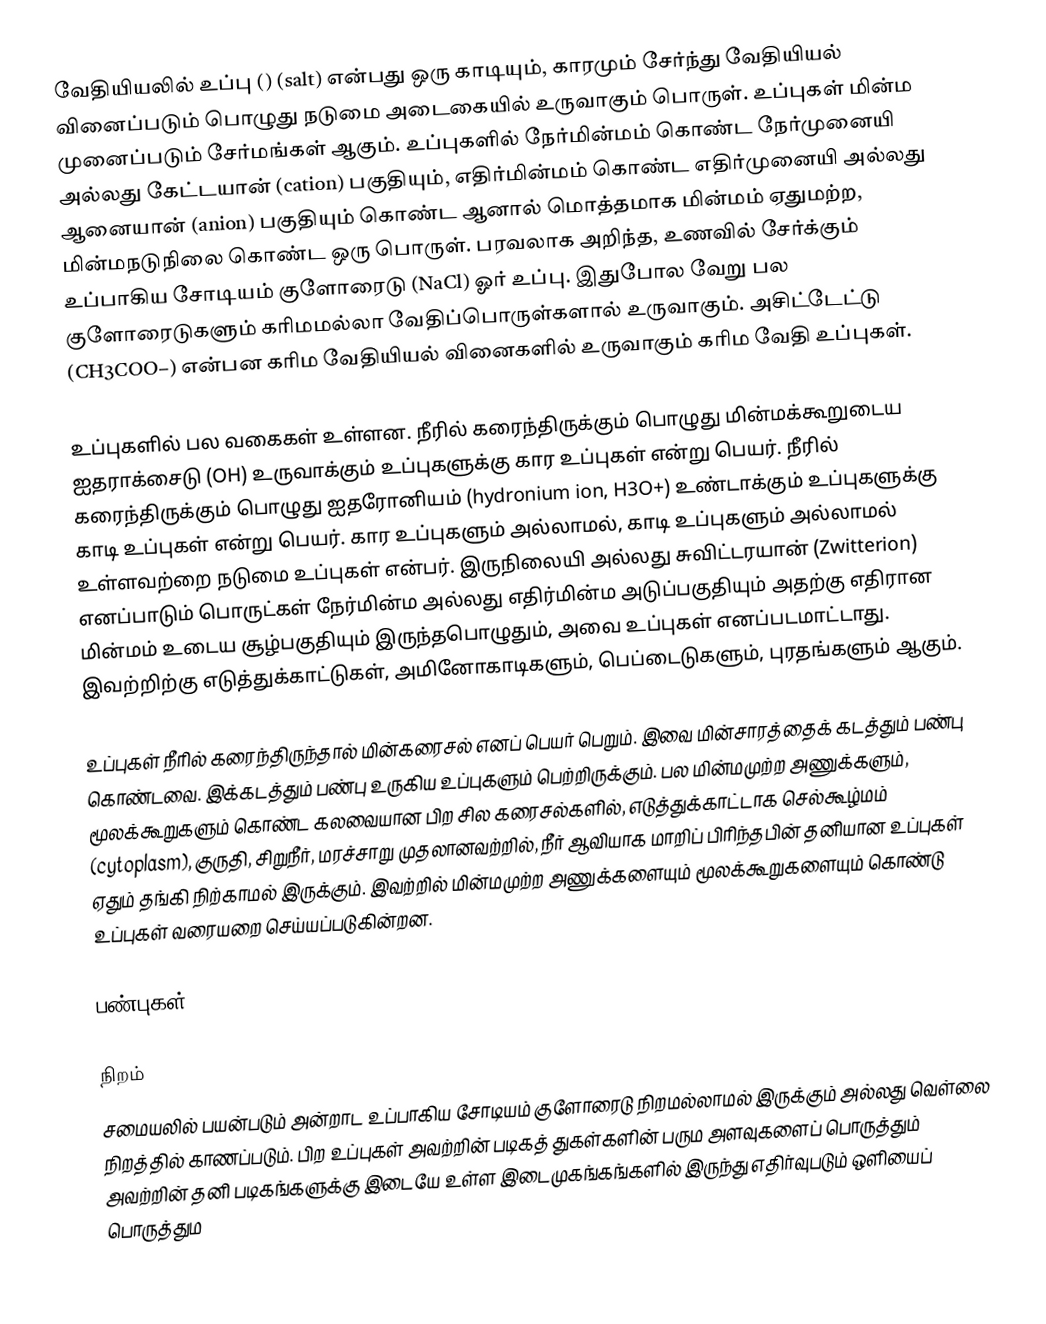
வேதியியலில் உப்பு  () (salt) என்பது ஒரு காடியும், காரமும் சேர்ந்து வேதியியல் வினைப்படும் பொழுது நடுமை அடைகையில் உருவாகும் பொருள். உப்புகள் மின்ம முனைப்படும் சேர்மங்கள் ஆகும். உப்புகளில் நேர்மின்மம் கொண்ட நேர்முனையி அல்லது கேட்டயான் (cation) பகுதியும், எதிர்மின்மம் கொண்ட எதிர்முனையி அல்லது ஆனையான் (anion) பகுதியும் கொண்ட ஆனால் மொத்தமாக மின்மம் ஏதுமற்ற, மின்மநடுநிலை கொண்ட ஒரு பொருள். பரவலாக அறிந்த, உணவில் சேர்க்கும் உப்பாகிய சோடியம் குளோரைடு (NaCl) ஓர் உப்பு. இதுபோல வேறு பல குளோரைடுகளும் கரிமமல்லா வேதிப்பொருள்களால் உருவாகும். அசிட்டேட்டு (CH3COO−) என்பன கரிம வேதியியல் வினைகளில் உருவாகும் கரிம வேதி உப்புகள்.

உப்புகளில் பல வகைகள் உள்ளன. நீரில் கரைந்திருக்கும் பொழுது மின்மக்கூறுடைய ஐதராக்சைடு (OH) உருவாக்கும் உப்புகளுக்கு கார உப்புகள் என்று பெயர். நீரில் கரைந்திருக்கும் பொழுது ஐதரோனியம் (hydronium ion, H3O+) உண்டாக்கும் உப்புகளுக்கு காடி உப்புகள் என்று பெயர். கார உப்புகளும் அல்லாமல், காடி உப்புகளும் அல்லாமல் உள்ளவற்றை நடுமை உப்புகள் என்பர். இருநிலையி அல்லது சுவிட்டரயான் (Zwitterion) எனப்பாடும் பொருட்கள் நேர்மின்ம அல்லது எதிர்மின்ம அடுப்பகுதியும் அதற்கு எதிரான மின்மம் உடைய சூழ்பகுதியும் இருந்தபொழுதும், அவை உப்புகள் எனப்படமாட்டாது. இவற்றிற்கு எடுத்துக்காட்டுகள், அமினோகாடிகளும், பெப்டைடுகளும், புரதங்களும் ஆகும்.

உப்புகள் நீரில் கரைந்திருந்தால் மின்கரைசல் எனப் பெயர் பெறும். இவை மின்சாரத்தைக் கடத்தும் பண்பு கொண்டவை. இக்கடத்தும் பண்பு உருகிய உப்புகளும் பெற்றிருக்கும். பல மின்மமுற்ற அணுக்களும், மூலக்கூறுகளும் கொண்ட கலவையான பிற சில கரைசல்களில், எடுத்துக்காட்டாக செல்கூழ்மம் (cytoplasm), குருதி, சிறுநீர், மரச்சாறு முதலானவற்றில், நீர் ஆவியாக மாறிப் பிரிந்தபின் தனியான உப்புகள் ஏதும் தங்கி நிற்காமல் இருக்கும். இவற்றில் மின்மமுற்ற அணுக்களையும் மூலக்கூறுகளையும் கொண்டு உப்புகள் வரையறை செய்யப்படுகின்றன.

பண்புகள்

நிறம்
சமையலில் பயன்படும் அன்றாட உப்பாகிய சோடியம் குளோரைடு நிறமல்லாமல் இருக்கும் அல்லது வெள்லை நிறத்தில் காணப்படும். பிற உப்புகள் அவற்றின் படிகத் துகள்களின் பரும அளவுகளைப் பொருத்தும் அவற்றின் தனி படிகங்களுக்கு இடையே உள்ள இடைமுகங்கங்களில் இருந்து எதிர்வுபடும் ஒளியைப் பொருத்தும